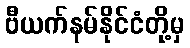
ဗီယက်နမ်နိုင်ငံတို့မှ